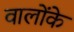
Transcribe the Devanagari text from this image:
वालोंके